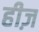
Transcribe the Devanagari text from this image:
हीज़